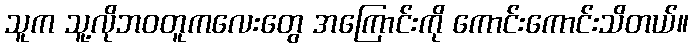
သူက သူ့လိုဘဝတူကလေးတွေ အကြောင်းကို ကောင်းကောင်းသိတယ်။